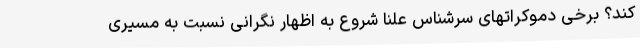
کند؟ برخی دموکراتهای سرشناس علنا شروع به اظهار نگرانی نسبت به مسیری